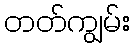
တတ်ကျွမ်း